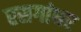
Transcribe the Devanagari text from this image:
रसगांधर